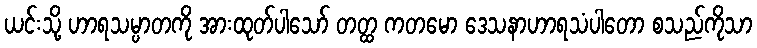
ယင်းသို့ ဟာရသမ္ပာတကို အားထုတ်ပါသော် တတ္ထ ကတမော ဒေသနာဟာရသံပါတော စသည်ကိုသာ